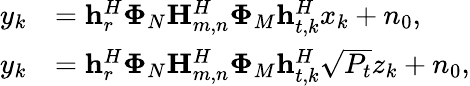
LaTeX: \begin{array}{rl}{y_{k}}&{=\mathbf{h}_{r}^{H}\mathbf{\Phi}_{N}\mathbf{H}_{m,n}^{H}\mathbf{\Phi}_{M}\mathbf{h}_{t,k}^{H}x_{k}+n_{0},}\\ {y_{k}}&{=\mathbf{h}_{r}^{H}\mathbf{\Phi}_{N}\mathbf{H}_{m,n}^{H}\mathbf{\Phi}_{M}\mathbf{h}_{t,k}^{H}\sqrt{P_{t}}z_{k}+n_{0},}\end{array}